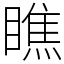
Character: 瞧